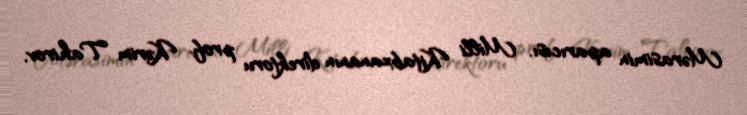
Mərasimin aparıcısı, Milli Kitabxananın direktoru prof. Kərim Tahirov,